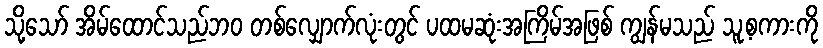
သို့သော် အိမ်ထောင်သည်ဘဝ တစ်လျှောက်လုံးတွင် ပထမဆုံးအကြိမ်အဖြစ် ကျွန်မသည် သူ့စကားကို